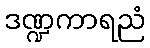
ဒဏ္ဍကာရညံ